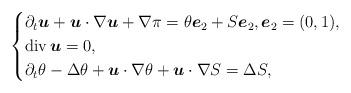
LaTeX: \begin{align*}\begin{cases}\partial_t\boldsymbol u + \boldsymbol u\cdot \nabla \boldsymbol u + \nabla\pi = \theta \boldsymbol e_2 + S\boldsymbol e_2,\boldsymbol e_2=(0,1),\\{\mathrm{div}\,}\boldsymbol u=0,\\\partial_t \theta - \Delta\theta + \boldsymbol u\cdot\nabla\theta +\boldsymbol u\cdot\nabla S = \Delta S, \\\end{cases}\end{align*}